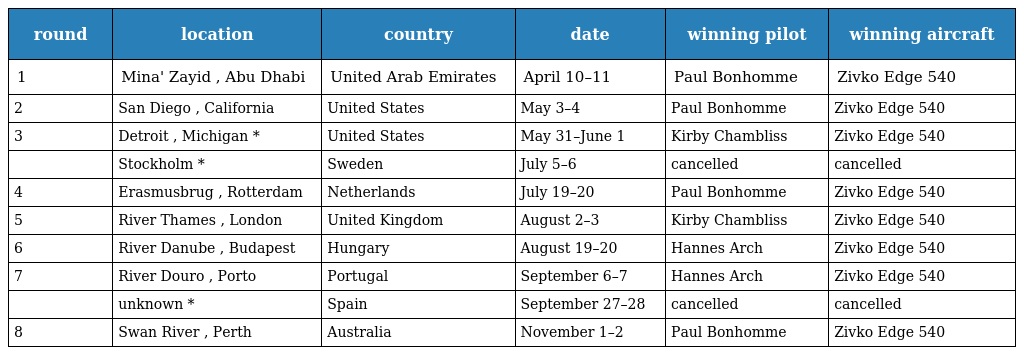
| round | location | country | date | winning pilot | winning aircraft |
 | --- | --- | --- | --- | --- | --- |
 | 1 | Mina' Zayid , Abu Dhabi | United Arab Emirates | April 10–11 | Paul Bonhomme | Zivko Edge 540 |
 | 2 | San Diego , California | United States | May 3–4 | Paul Bonhomme | Zivko Edge 540 |
 | 3 | Detroit , Michigan * | United States | May 31–June 1 | Kirby Chambliss | Zivko Edge 540 |
 |  | Stockholm * | Sweden | July 5–6 | cancelled | cancelled |
 | 4 | Erasmusbrug , Rotterdam | Netherlands | July 19–20 | Paul Bonhomme | Zivko Edge 540 |
 | 5 | River Thames , London | United Kingdom | August 2–3 | Kirby Chambliss | Zivko Edge 540 |
 | 6 | River Danube , Budapest | Hungary | August 19–20 | Hannes Arch | Zivko Edge 540 |
 | 7 | River Douro , Porto | Portugal | September 6–7 | Hannes Arch | Zivko Edge 540 |
 |  | unknown * | Spain | September 27–28 | cancelled | cancelled |
 | 8 | Swan River , Perth | Australia | November 1–2 | Paul Bonhomme | Zivko Edge 540 |